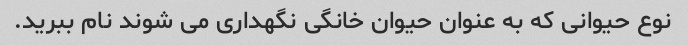
نوع حیوانی که به عنوان حیوان خانگی نگهداری می شوند نام ببرید.